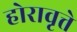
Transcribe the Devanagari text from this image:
होरावृत्ते